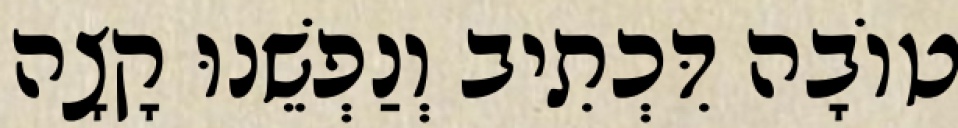
טוֹבָה דִּכְתִיב וְנַפְשֵׁנוּ קָצָה